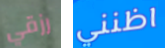
رزقي اظنني